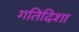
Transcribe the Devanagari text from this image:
गतिदिशा